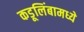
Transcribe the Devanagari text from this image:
कडूलिंबामध्ये